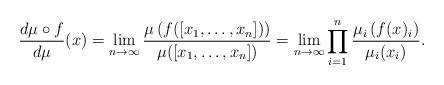
LaTeX: \begin{align*} \frac{d\mu\circ f}{d\mu}(x) =\lim_{n\to\infty} \dfrac{\mu \left( f([x_1,\ldots,x_n])\right)}{\mu([x_1,\ldots,x_n])}=\lim_{n\to\infty}\prod_{i=1}^n \dfrac{\mu_i\left( f(x)_i\right)}{\mu_i(x_i)}. \end{align*}